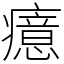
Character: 癔